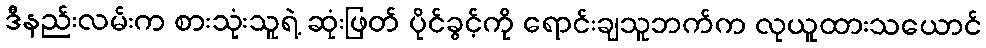
ဒီနည်းလမ်းက စားသုံးသူရဲ့ ဆုံးဖြတ် ပိုင်ခွင့်ကို ရောင်းချသူဘက်က လုယူထားသယောင်